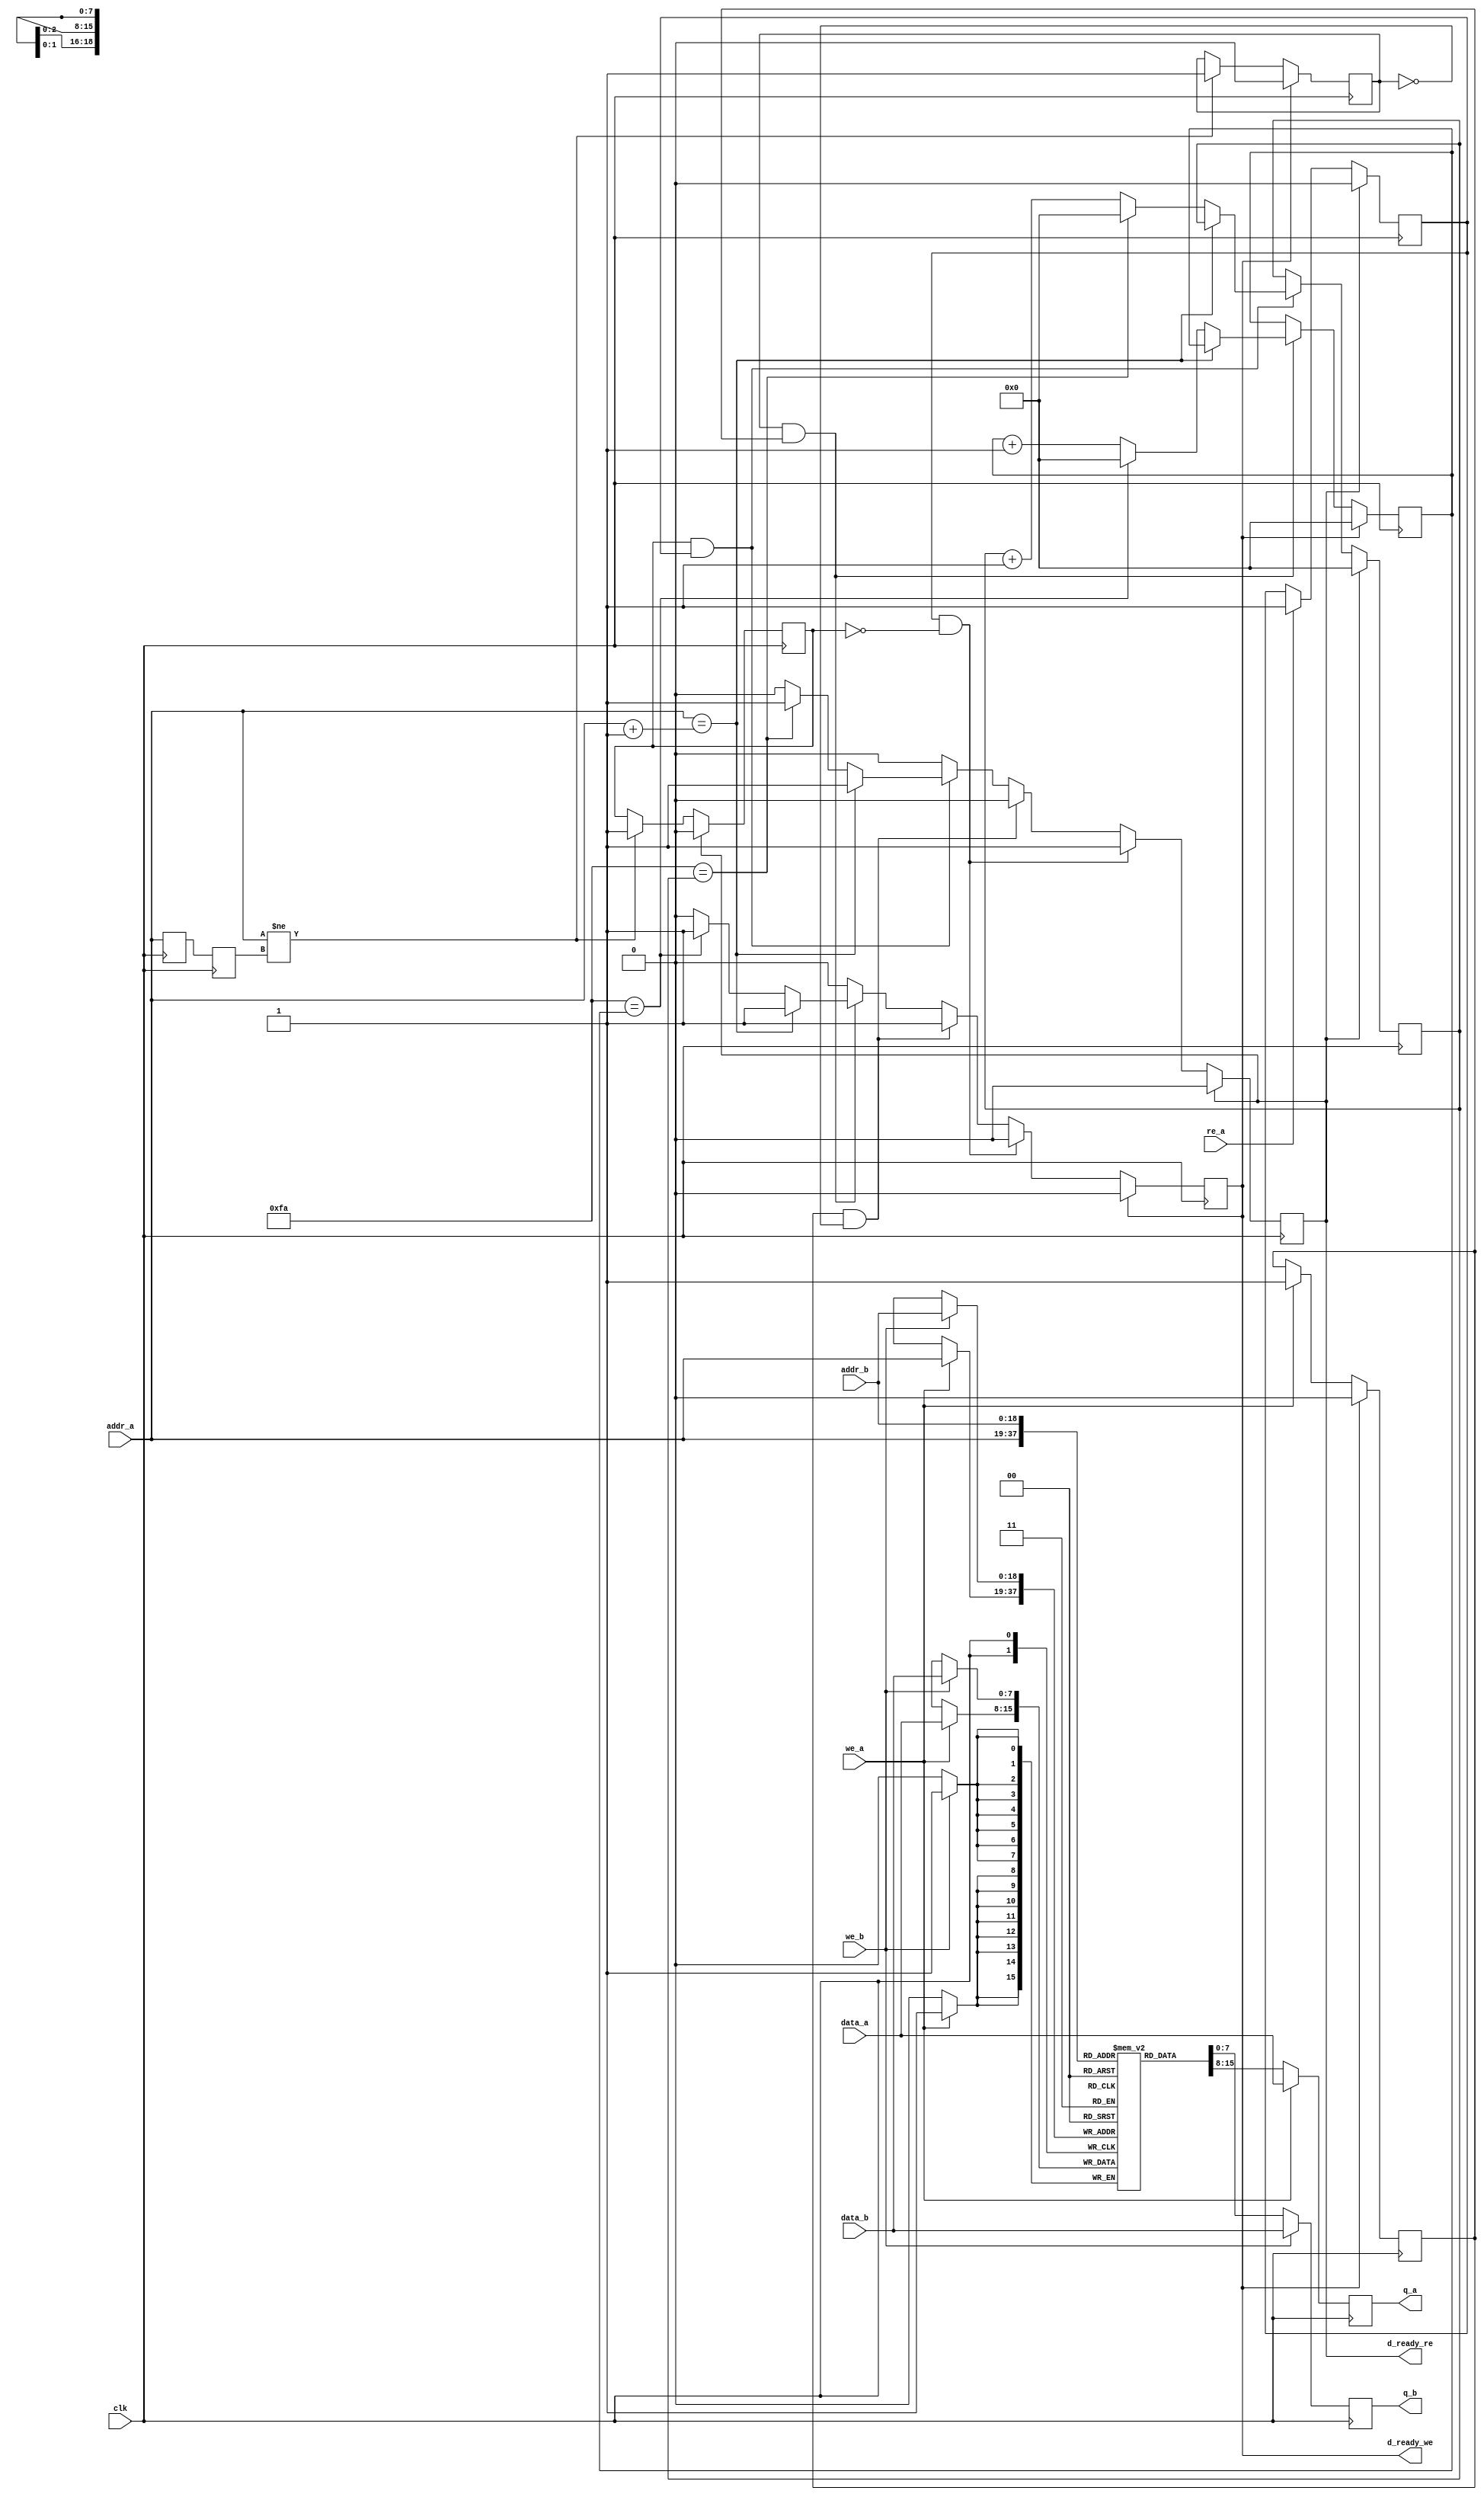
module img_in_ddr//_single_clock
//#(parameter DATA_WIDTH=8, parameter ADDR_WIDTH=8)
(
	input [7:0] data_a, data_b,
	input [18:0] addr_a, addr_b,
	input we_a, we_b, re_a, clk,
	output reg [7:0] q_a, q_b,
	output reg d_ready_we = 1'b0,
	output reg d_ready_re = 1'b0
);

	// Declare the RAM variable
	reg [7:0] ram[263168:0]; // 25800 160x160  32768 262144
	parameter DELAY = 8'd250;
	reg [18:0] prev_addr;
	reg [18:0] prev_addr_a;
	reg [18:0] prev_addr_a1 = 19'b0;
	reg [18:0] prev_addr_a2 = 19'b0;
	reg addrs_change_flag_re = 1'b0;
	reg addrs_change_flag_we = 1'b0;
	reg [7:0] delay_temp_re = 8'b0;
	reg [7:0] delay_temp_we = 8'b0;
	reg we_flag = 1'b0;
	reg re_flag = 1'b0;
	
	
	

	always @ (posedge clk)
	begin	
	
	if (addrs_change_flag_re == 1'b1 && re_flag == 1 ) begin	
		if (addr_a == prev_addr_a2+ 19'd1)begin
				d_ready_re <= 1'b1;
		end
		else 
		begin
			delay_temp_re <= delay_temp_re + 8'b1;
			if (DELAY == delay_temp_re) begin
				d_ready_re <= 1'b1;
				delay_temp_re <= 8'b0;
			end
		end
	end
			
	if (addrs_change_flag_we == 1'b1 && we_flag == 1) begin
		if (addr_a == prev_addr_a2 + 19'd1)begin
				d_ready_we <= 1'b1;	
		end
			
		else 
		begin
			delay_temp_we <= delay_temp_we + 8'b1;
			if (DELAY == delay_temp_we) begin
				d_ready_we <= 1'b1;
				delay_temp_we <= 8'b0;
			end
		end
	end
	
	if ((we_flag == 1'b1 ) && addrs_change_flag_we== 1'b0) begin
			d_ready_we <= 1'b1;
			d_ready_re <= 1'b0;
	end
	
	if ((re_flag == 1'b1 ) && addrs_change_flag_re== 1'b0) begin
			d_ready_we <= 1'b0;
			d_ready_re <= 1'b1;
	end
	
	
	if (we_a == 1'b1) begin
			we_flag <= 1'b1;
	end
	
	if (re_a == 1'b1) begin
			re_flag <= 1'b1;
	end
	
	prev_addr_a <= addr_a;
	prev_addr_a1 <= prev_addr_a;
		
	if (addr_a != prev_addr_a1)begin
		addrs_change_flag_re <= 1'b1;
		addrs_change_flag_we <= 1'b1;
	end
	
	if (d_ready_we == 1'b1)
		begin
			d_ready_we <= 1'b0;
			we_flag <= 1'b0;	
			addrs_change_flag_we <= 1'b0;
			delay_temp_we <= 8'b0;
		end
		
	if (d_ready_re == 1'b1)
		begin	
			addrs_change_flag_re <= 1'b0;
			delay_temp_re <= 8'b0;
			d_ready_re <= 1'b0;
			re_flag <= 1'b0;
		end
		end
		// PORT A 
//**********************
	
	always @ (posedge clk)
	begin	
		if (we_a) begin
			ram[addr_a] <= data_a;
			q_a <= data_a;
			
		end
		else 
		begin
			q_a <= ram[addr_a];
		end 
		end
		
		// Port B 
//**********************
always @ (posedge clk)
	begin		
		if (we_b) 
		begin
			ram[addr_b] <= data_b;
			q_b <= data_b;
		end
		else 
		begin
			q_b <= ram[addr_b];
		end 
	end
	
	
always @(addr_a)begin 
	 prev_addr <= addr_a;
	 prev_addr_a2 <= prev_addr;
end
endmodule

//`timescale 1ns/10ps
//
//module img_in_ddr_tb();
//	reg [7:0] data_a, data_b;
//	reg [18:0] addr_a, addr_b;
//	reg we_a, we_b, re_a;
//	reg clk = 0;
//	wire [7:0] q_a, q_b;
//	wire d_ready_we ;
//	wire d_ready_re;

	
//	
//	img_in_ddr img_in_ddr_tb1(
//	.data_a(data_a),
//	.data_b(data_b),
//	.addr_a(addr_a),
//	.addr_b(addr_b),
//	.we_a(we_a),
//	.re_a(re_a),
//	.we_b(we_b),
//	.clk(clk),
//	.q_a(q_a),
//	.q_b(q_b),
//	.d_ready_we(d_ready_we),
//	.d_ready_re(d_ready_re)

//	);
//	
//	always begin
//   #10 clk <= ~clk;
//	end
//	
//	initial begin
//	#10
//	data_a <= 8'b1010_0000;
//	data_b <= 8'b1111_0000;
//	addr_a <= 19'b000_0000_0000_0000_0011;
//	addr_b <= 19'b000_0000_0000_0011_0000;
//	#40
//	we_a <= 1;
//	#20
//	we_a <= 0;
//	
//	re_a <= 1;
//	#20
//	re_a <= 0;
//	#200
//	we_a <= 1;
//	#20
//	we_a <= 0;
//	#60
//	data_a <= 8'b1110_0000;
//	addr_a <= 19'b000_0000_0000_0000_0100;
//	#60
//	we_a <= 1;
//	re_a <= 1;
//	#20
//	we_a <= 0;
//	re_a <= 0;
//	#40
//	data_a <= 8'b1010_0000;
//	addr_a <= 19'b000_0000_0000_0001_0000;
//	re_a <= 1;
//	#20
//	re_a <= 0;
//	#100
//	#100
//	data_a <= 8'b1010_0000;
//	addr_a <= 19'b000_0000_0000_0001_0001;
//	#20
//	we_a <= 1;
//	we_b <= 0;
//	#20
//	we_a <= 0;
//	#40
//	we_a <= 1;
//	we_b <= 0;
//	#20
//	we_a <= 0;
//	#40
//	addr_b <= 19'b000_0000_0000_0011_0000;
//	#40
//	we_b <= 1;
//	#20
//	we_b <= 0;
//	data_a <= 8'b1010_0000;
//	addr_a <= 19'b000_0000_0000_0001_0100;
//	we_a <= 1;
//	we_b <= 0;
//	#20
//	we_a <= 0;
//	#200
//	addr_a <= 19'b000_0000_0000_0001_1000;
//	#60
//	we_a <= 1;
//	#20
//	we_a <= 0;
//	#200
//	
//
//
//
//
//
//	data_a <= 8'b1010_0000;
////	data_b <= 8'b1111_0000;
//	addr_a <= 19'b000_0000_0000_0000_0011;
////	addr_b <= 19'b000_0000_0000_0011_0000;
//	#40
//	we_a <= 1;
//	#20
//	we_a <= 0;
//	#200
////	we_a <= 1;
////	#20
////	we_a <= 0;
////	#60
//	data_a <= 8'b1110_0000;
//	addr_a <= 19'b000_0000_0000_0000_0100;
////	#60
//	we_a <= 1;
//	#20
//	we_a <= 0;
////	#40
////	data_a <= 8'b1010_0000;
////	addr_a <= 19'b000_0000_0000_0001_000;
//	#100
////	#100
//	data_a <= 8'b1010_0000;
//	addr_a <= 19'b000_0000_0000_0001_0001;
////	#20
//	we_a <= 1;
////	we_b <= 0;
//	#20
//	we_a <= 0;
//	#200
//	addr_a <= 19'b000_0000_0000_0000_0011;
////	addr_b <= 19'b000_0000_0000_0011_0000;
//	#200
////	we_a <= 1;
////	#20
////	we_a <= 0;
////	#60
//	data_a <= 8'b1110_0000;
//	addr_a <= 19'b000_0000_0000_0000_0100;
////	#40
////	data_a <= 8'b1010_0000;
////	addr_a <= 19'b000_0000_0000_0001_000;
//	#200
////	#100
//	data_a <= 8'b1010_0000;
//	addr_a <= 19'b000_0000_0000_0000_1001;
////	#20
//	#200
//	
//	$finish;
//	end
//endmodule